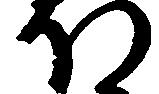
ほ